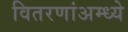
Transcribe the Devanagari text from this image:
वितरणांअम्ध्ये